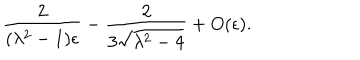
{ \frac { 2 } { ( \lambda ^ { 2 } - 1 ) \epsilon } } - { \frac { 2 } { 3 \sqrt { \lambda ^ { 2 } - 4 } } } + O ( \epsilon ) .